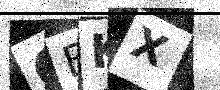
Text: QEKX